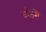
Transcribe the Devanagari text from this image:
बकेरो